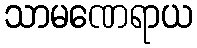
သာမဏေရာယ